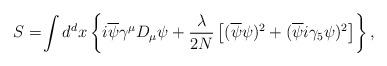
LaTeX: \begin{align*}S=\!\int d^d x \left\{ i \overline{\psi}\gamma^\mu D_\mu \psi +{\lambda \over 2N} \left[ (\overline{\psi}\psi)^2+(\overline{\psi} i \gamma_5 \psi)^2 \right] \right\},\end{align*}